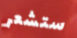
ستشعر